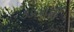
કડલાની